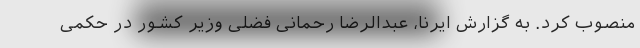
منصوب کرد. به گزارش ایرنا، عبدالرضا رحمانی فضلی وزیر کشور در حکمی